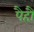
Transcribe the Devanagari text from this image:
पैहौं